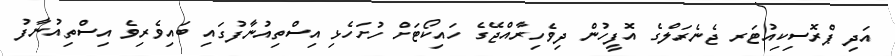
އަދި ޕްރޮސިކިއުޓަރ ޖެނެރަލްގެ އޮފީހުން ދިވެހިރާއްޖޭގެ ހައިކޯޓަށް ހުށަހެޅި އިސްތިއުނާފުގައި ބައިވެރިވެ އިސްތިއުނާފު